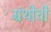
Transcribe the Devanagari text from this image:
ग्रंथीची